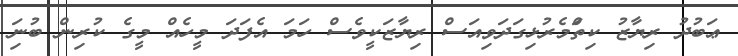
ޢަބުދު ރިޔާޒު ކިތަްމެރުޅިގަދަވިއަސް ރިޔާޒަކީވެސް ހަމަ އެފަދަ މީހެއް މީގެ ކުރިން ބުނަި